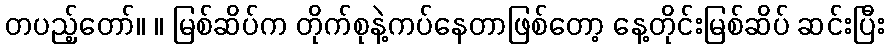
တပည့်တော်။ ။ မြစ်ဆိပ်က တိုက်စုနဲ့ကပ်နေတာဖြစ်တော့ နေ့တိုင်းမြစ်ဆိပ် ဆင်းပြီး